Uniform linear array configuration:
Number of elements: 24
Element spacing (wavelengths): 0.75
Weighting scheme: cosine
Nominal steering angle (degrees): -45
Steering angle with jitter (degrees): -45.248
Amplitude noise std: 0.05
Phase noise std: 0.05

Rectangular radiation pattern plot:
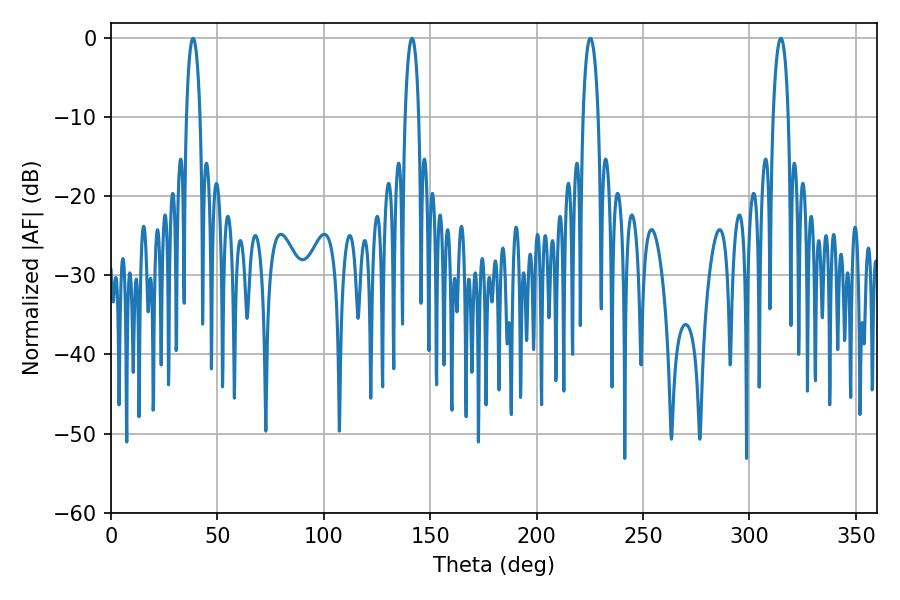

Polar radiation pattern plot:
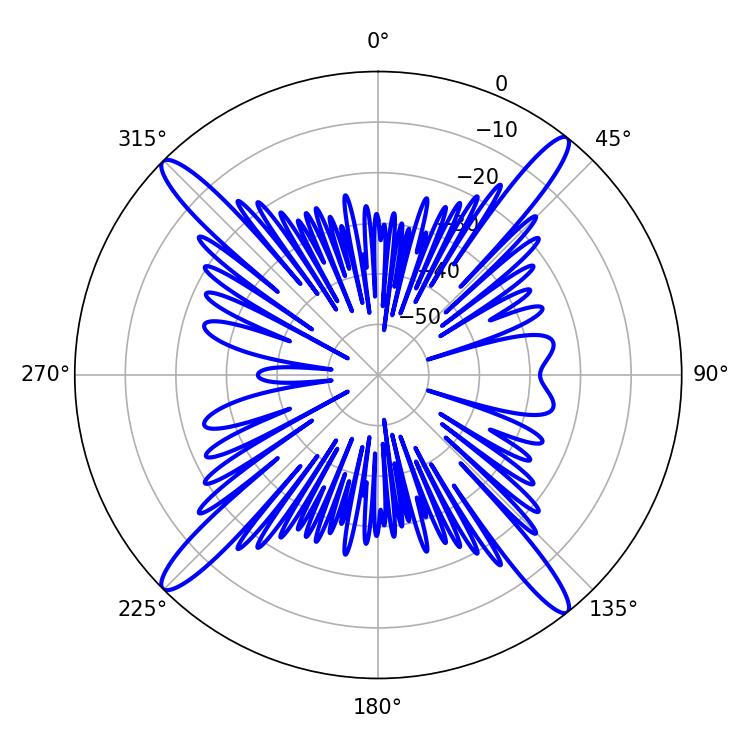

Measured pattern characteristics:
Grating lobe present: TRUE
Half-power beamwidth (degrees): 3.6
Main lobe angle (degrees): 38.52